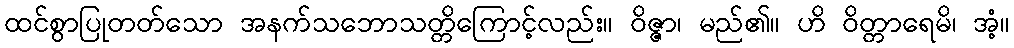
ထင်စွာပြုတတ်သော အနက်သဘောသတ္တိကြောင့်လည်း။ ဝိဇ္ဇာ၊ မည်၏။ ဟိ ဝိတ္တာရေမိ၊ အံ့။